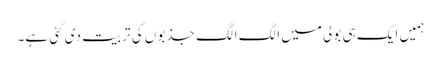
ہمیں ایک ہی بولی میں الگ الگ جذبوں کی تربیت دی گئی ہے۔